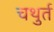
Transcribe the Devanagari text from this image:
चथुर्त